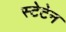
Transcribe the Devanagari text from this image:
स्टेटेन